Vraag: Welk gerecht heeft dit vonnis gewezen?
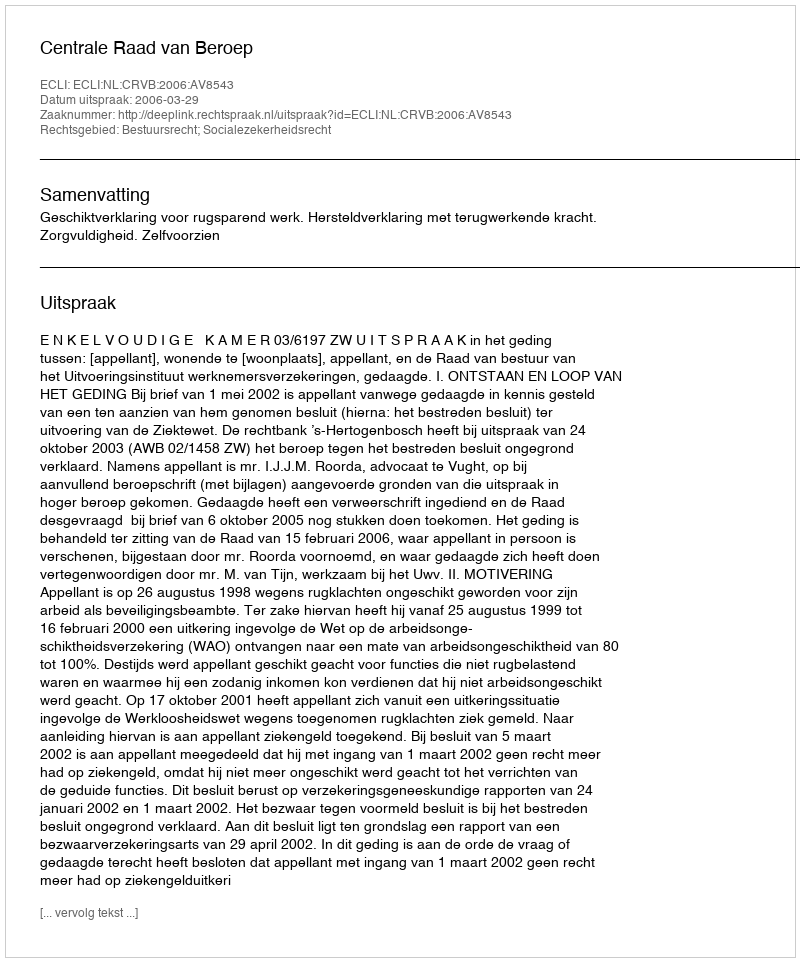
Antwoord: Centrale Raad van Beroep